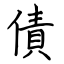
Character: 債